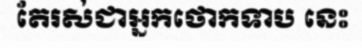
តែរស់ជាអ្នកថោកទាប នេះ